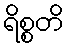
ရိစ္စတိ